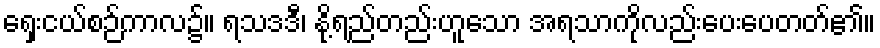
ရှေးငယ်စဉ်ကာလ၌။ ရသဒဒီ၊ နို့ရည်တည်းဟူသော အရသာကိုလည်းပေးပေတတ်၏။